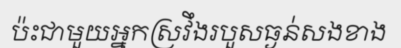
ប៉ះជាមួយអ្នកស្រវឹងរបួសធ្ងន់សងខាង